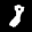
Label: 8